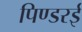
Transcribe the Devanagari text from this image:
पिण्डरई